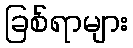
ခြစ်ရာများ